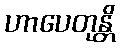
ဟာပေတုန္တိ